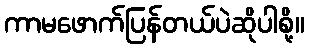
ကာမဖောက်ပြန်တယ်ပဲဆိုပါစို့။